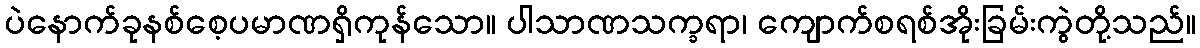
ပဲနောက်ခုနစ်စေ့ပမာဏရှိကုန်သော။ ပါသာဏသက္ခရာ၊ ကျောက်စရစ်အိုးခြမ်းကွဲတို့သည်။